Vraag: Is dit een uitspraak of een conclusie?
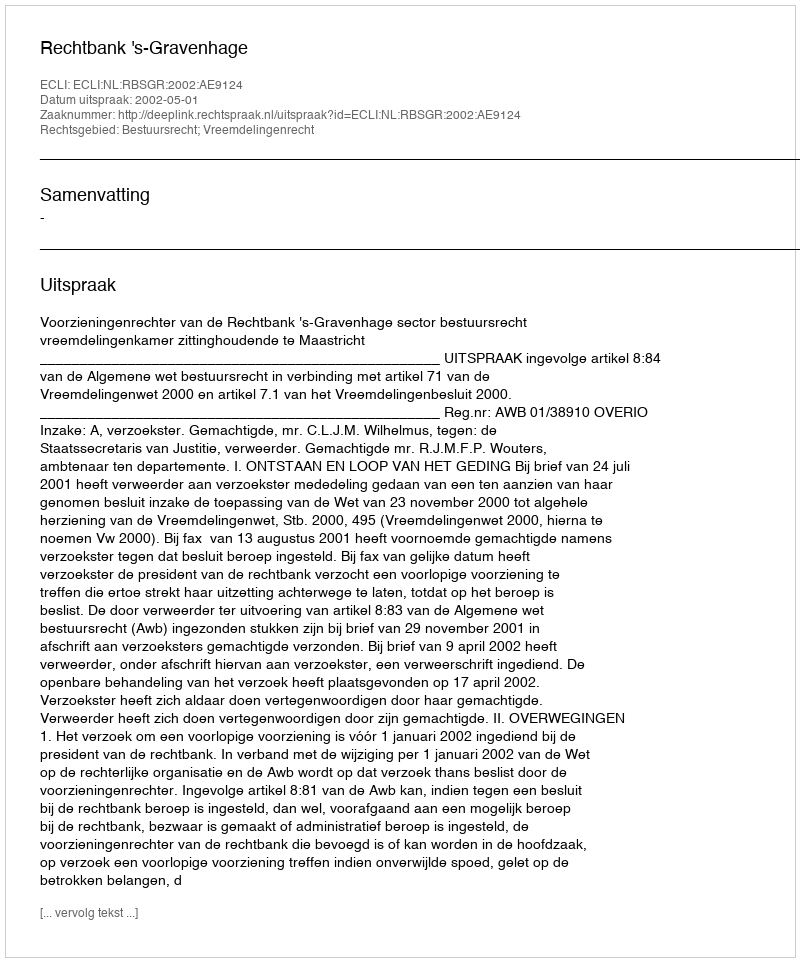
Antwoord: Uitspraak